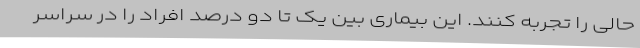
حالی را تجربه کنند. این بیماری بین یک تا دو درصد افراد را در سراسر